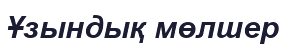
Ұзындық мөлшер